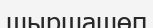
шыршашөп